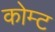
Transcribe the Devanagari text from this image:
कोम्ट